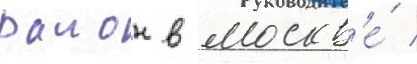
раион в москв'е́ /